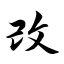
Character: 改